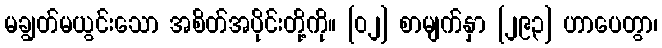
မချွတ်မယွင်းသော အစိတ်အပိုင်းတို့ကို။ [၀၂] စာမျက်နှာ [၂၉၃] ဟာပေတွာ၊